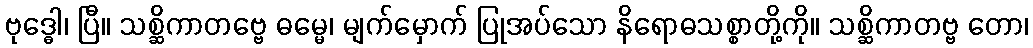
ဗုဒ္ဓေါ၊ ပြီ။ သစ္ဆိကာတဗ္ဗေ ဓမ္မေ၊ မျက်မှောက် ပြုအပ်သော နိရောဓသစ္စာတို့ကို။ သစ္ဆိကာတဗ္ဗ တော၊